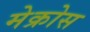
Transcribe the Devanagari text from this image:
मेक्रोस